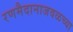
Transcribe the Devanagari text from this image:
रणमैदानाजवळच्या